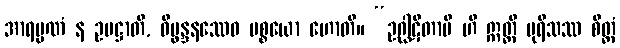
အာရမ္မဏံ န ဥပဋ္ဌာတိ, ဝိပ္ဖန္ဒနဿေဝ ပစ္စယော ဟောတိ။ “ဥဂ္ဃါဋိတာပိ ဟိ ဣတ္ထီ ပုရိသဿ စိတ္တံ